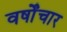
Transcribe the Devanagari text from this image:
वर्षोंचार